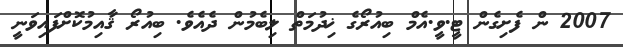
2007 ން ފެށިގެން ޓީ.ވީ.އެމް ބިއުރޯގެ ޚިދުމަތް ލިބެމުން ދެއެވެ. ބިއުރޯ ޤާއިމުކޮށްފައިވަނީ